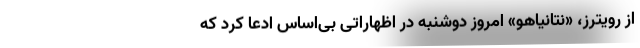
از رویترز، «نتانیاهو» امروز دوشنبه در اظهاراتی بی‌اساس ادعا کرد که